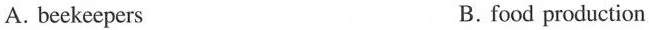
A. beekeepers B. food production